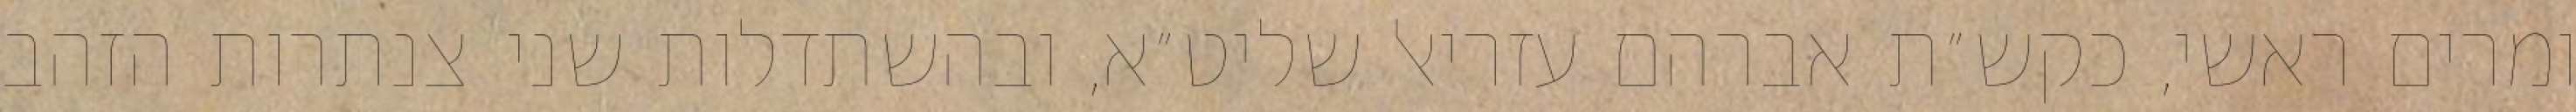
ומרים ראשי, כקש״ת אברהם עזריאל שליט״א, ובהשתדלות שני צנתרות הזהב